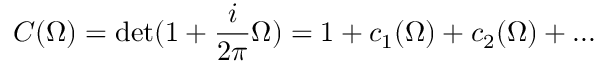
C ( \Omega ) = \operatorname * { d e t } ( 1 + \frac { i } { 2 \pi } \Omega ) = 1 + c _ { 1 } ( \Omega ) + c _ { 2 } ( \Omega ) + . . .